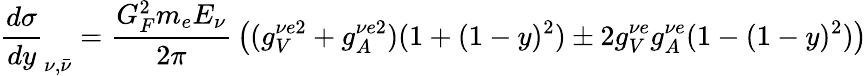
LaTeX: {\frac{d{\sigma}}{dy}}_{\nu,{\bar{\nu}}}={\frac{G_{F}^{2}m_{e}E_{\nu}}{2\pi}}\left((g_{V}^{\nu e2}+g_{A}^{\nu e2})(1+(1-y)^{2})\pm{2g_{V}^{\nu e}g_{A}^{\nu e}(1-(1-y)^{2})}\right)